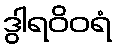
ဒွါရဝိဝရံ